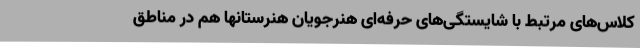
کلاس‌های مرتبط با شایستگی‌های حرفه‌ای هنرجویان هنرستانها هم در مناطق